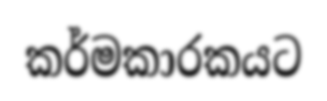
කර්මකාරකයට